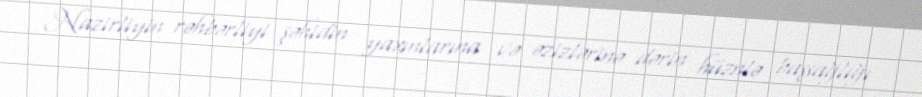
Nazirliyin rəhbərliyi şəhidin yaxınlarına və əzizlərinə dərin hüznlə başsağlığı